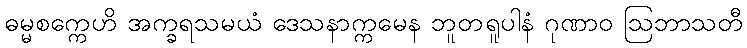
ဓမ္မစက္ကေဟိ အက္ခရသမယံ ဒေသနာက္ကမေန ဘူတရူပါနံ ဂုဏာဝ ဩဘာသတီ